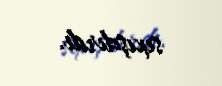
sıxışdırdı.